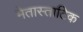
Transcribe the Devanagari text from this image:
मेतास्ताटिक